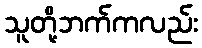
သူတို့ဘက်ကလည်း